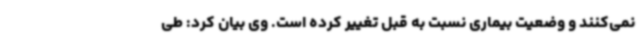
نمی‌کنند و وضعیت بیماری نسبت به قبل تغییر کرده است. وی بیان کرد: طی